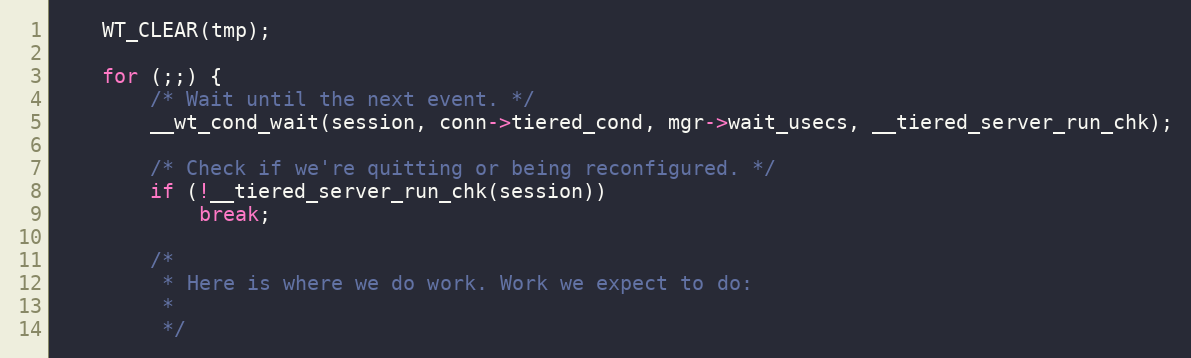
Language: C
    WT_CLEAR(tmp);

    for (;;) {
        /* Wait until the next event. */
        __wt_cond_wait(session, conn->tiered_cond, mgr->wait_usecs, __tiered_server_run_chk);

        /* Check if we're quitting or being reconfigured. */
        if (!__tiered_server_run_chk(session))
            break;

        /*
         * Here is where we do work. Work we expect to do:
         *
         */